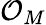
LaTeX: {\mathcal{O}}_{M}